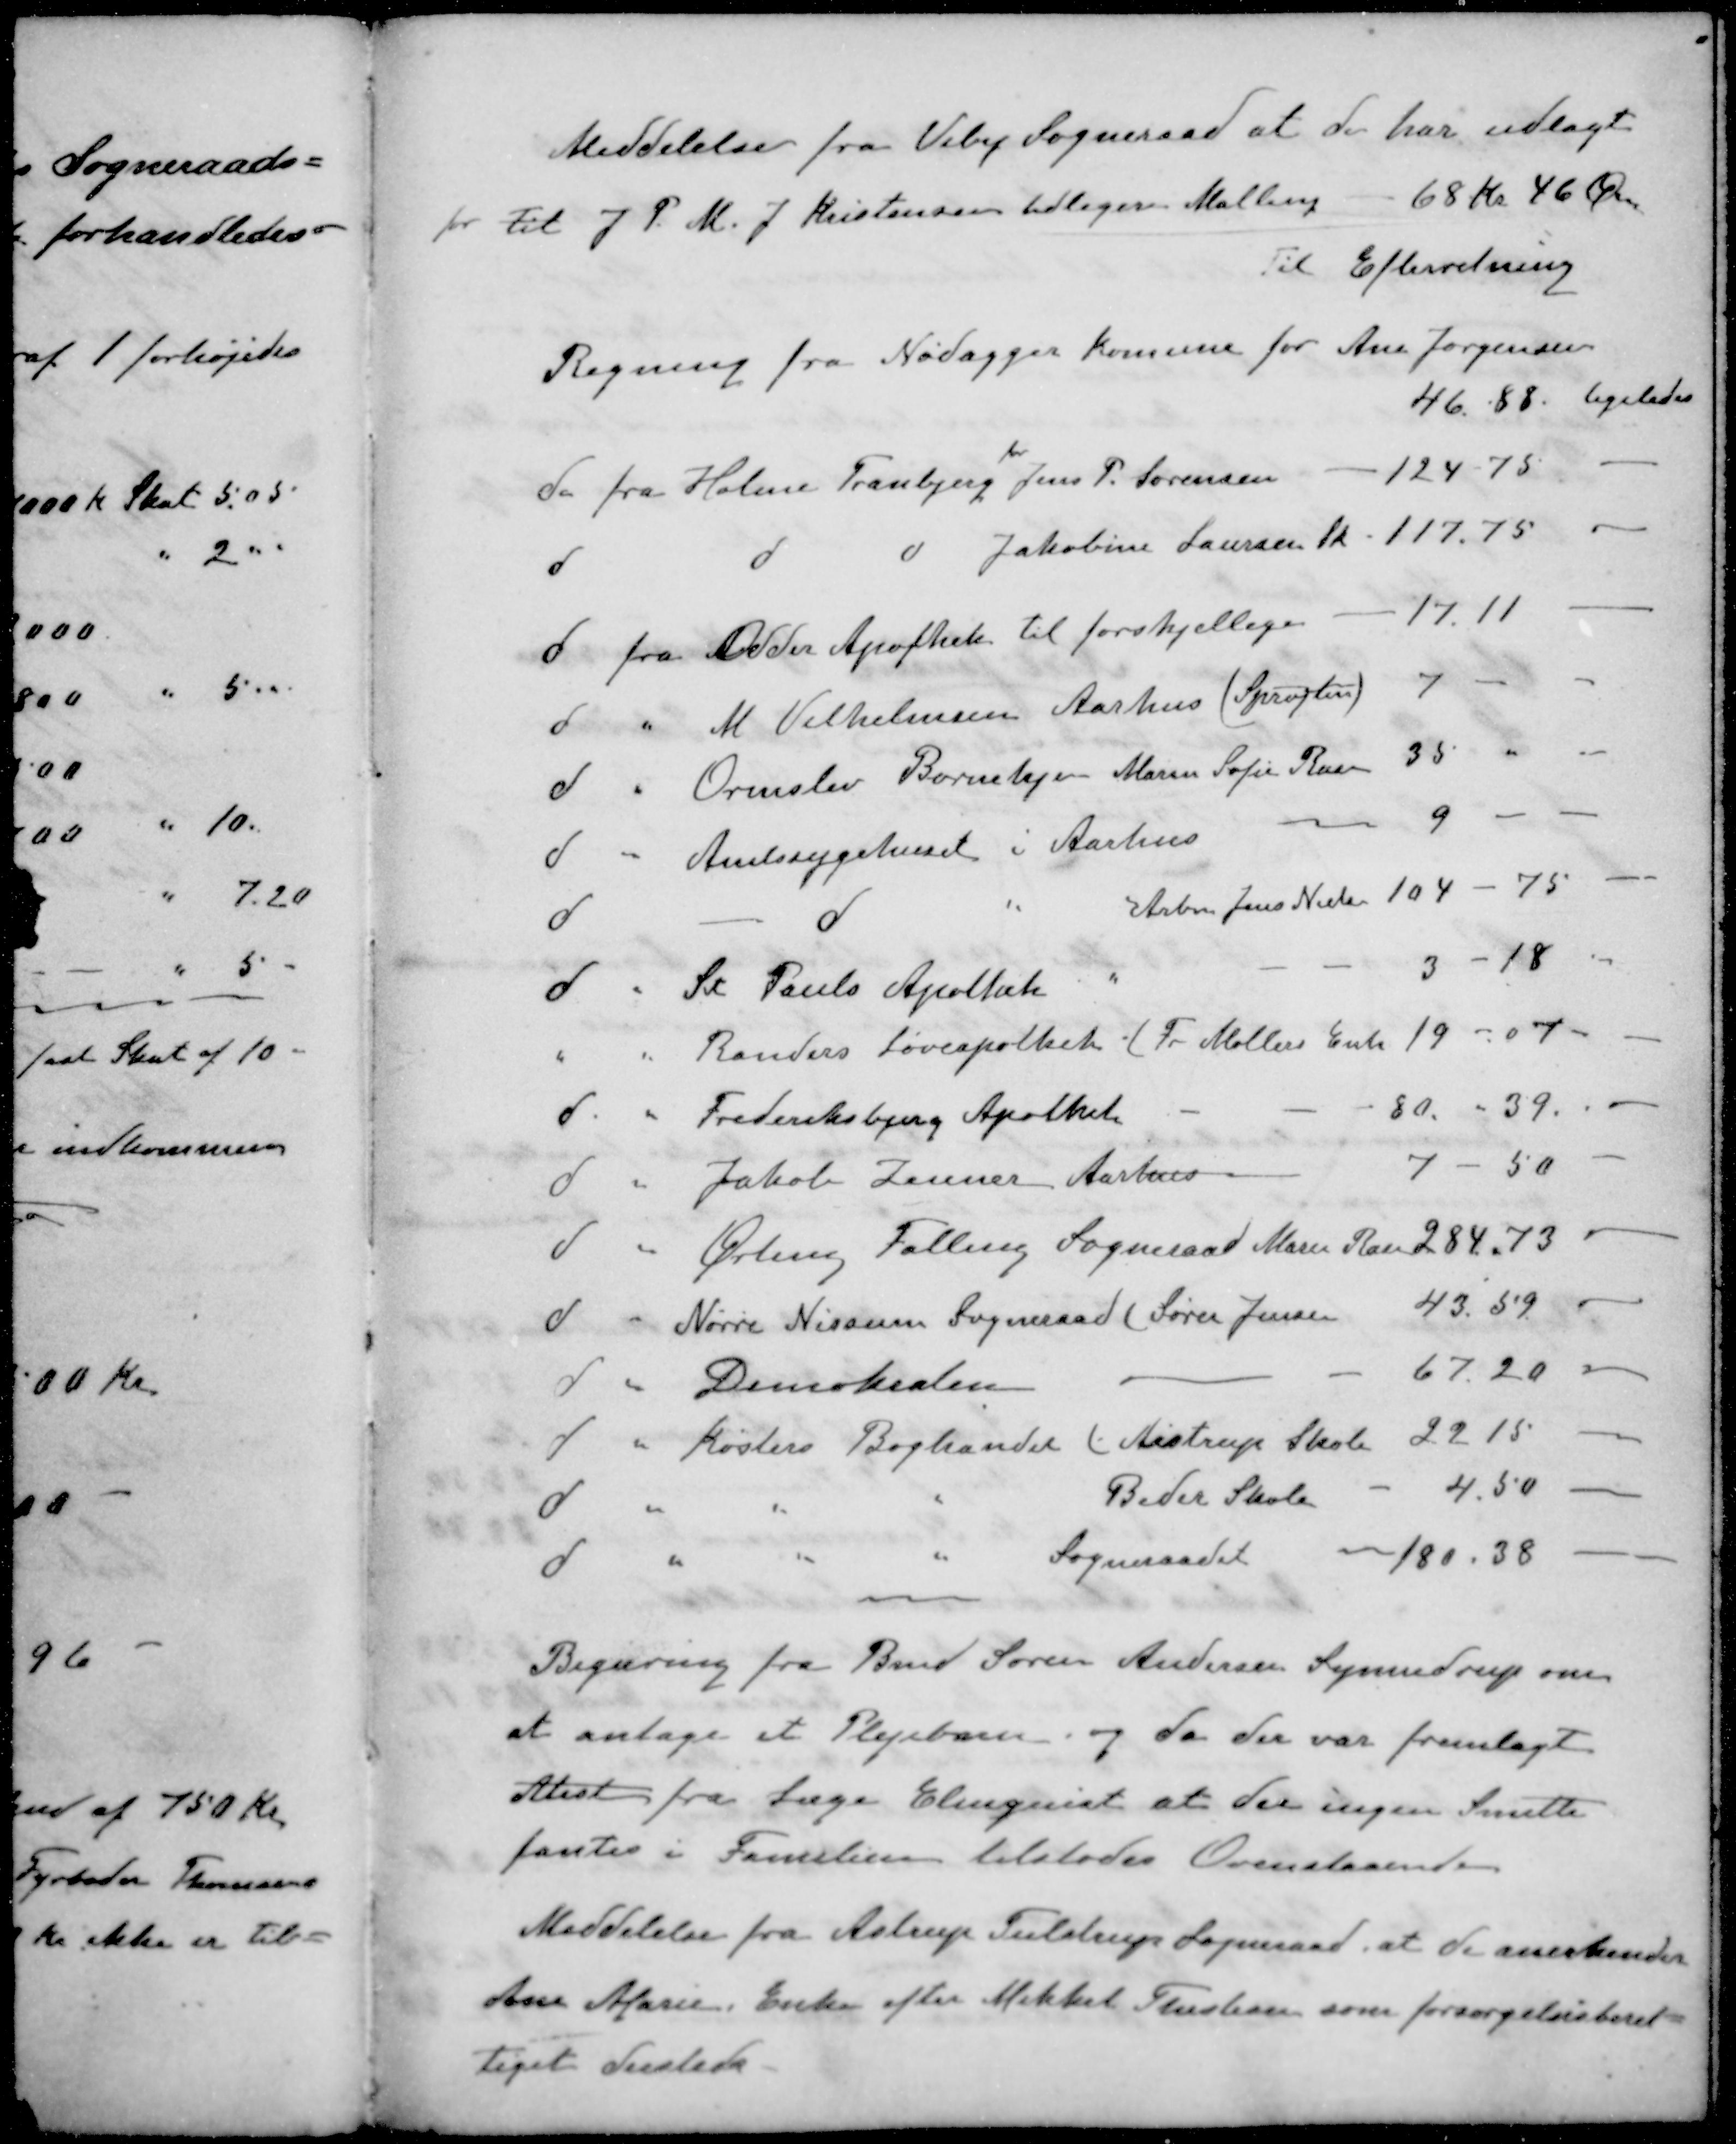
Transskription:
Meddelelse fra Viby Sogneraad at de har udlagt
for til J. P. M. J. Kristensen tidligere Malling - 68 Kr 46 Øre
Til Efterretning
Regning fra Nødagger komune for Ane Jørgensen
46.88 ligeledes
for
do fra Holme Tranbjerg Jens P. Sørensen - 124 75
d d d Jakobine Laursen  - 117.75 -
d fra Odder Apothek til forskjellige - 17.11
d " M. Vilhelmsen Aarhus (Sprøjten) 7
d " Ormslev Børnehjem Maren Sofie Ras 35
d " Amtssygehuset i Aarhus 9
d d " Arbm Jens Nielsen 104 - 75 
d " Sc. Pauls Apothek " 3 -18
" " Randers Løveapothek (Fr. Møllers Enke 1907
d " Frederiksbjerg Apothek 80 - 39.
d " Jakob Zenner Aarhus 7 - 50
d " Ørting Falling Sogneraad Marie Rau 284,73
d " Nørre Nissum Sogneraad (Søren Jensen 43.59
d " Demokraten 67.20 -
d " Køsters Boghandel (Aistrup Skole 22.15
d " " " Beder Skole 4.50
d " " " Sogneraadet 180.38
Begæring fra Bmd Søren Andersen Synnedrup om
at antage et Plejebarn og da der var fremlagt
Atest fra Læge Elmquist at der ingen Smitte
fantes i Familien tilstodes Ovenstaaende
Meddelelse fra Astrup Tulstrup Sogneraad, at de anerkender
Ane Marie, Enke efter Mikkel Thustian som forsørgelsesberet-
tiget dersteds